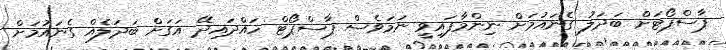
ޕާސްޕޯޓަށް ބަދަލު ގެނައުމަށް ނިންމާފައިވީ ނަމަވެސް ޕާސްޕޯޓް ހައްދައިދޭ އަގަށް ބަދަލެއް ގެނައުމަށް